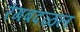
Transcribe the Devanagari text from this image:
रंगबदळल